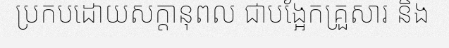
ប្រកបដោយសក្តានុពល ជាបង្អែកគ្រួសារ និង